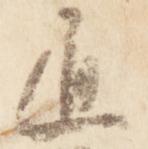
通